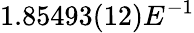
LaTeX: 1.85493(12)E^{-1}